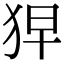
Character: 𤞋